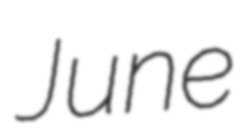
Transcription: June